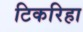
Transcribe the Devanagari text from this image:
टिकरिहा